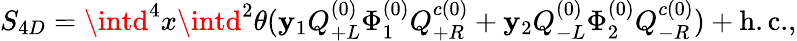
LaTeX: S_{4D}=\intd^{4}x\intd^{2}\theta(\mathbf{y}_{1}Q_{+L}^{(0)}\Phi_{1}^{(0)}Q_{+R}^{c(0)}+\mathbf{y}_{2}Q_{-L}^{(0)}\Phi_{2}^{(0)}Q_{-R}^{c(0)})+\mathrm{{h.c.}},